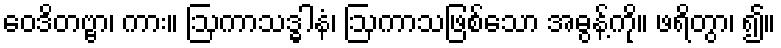
ဝေဒိတဗ္ဗာ၊ ကား။ ဩကာသဒ္ဓါနံ၊ ဩကာသဖြစ်သော အဓွန့်ကို။ ဖရိတွာ၊ ၍။